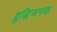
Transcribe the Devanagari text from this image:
व्रुद्धिजनक